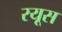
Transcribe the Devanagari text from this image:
रयूस